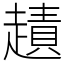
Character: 䟄